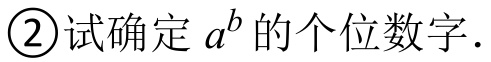
\textcircled{2}试确定\(a^{b}\)的个位数字．